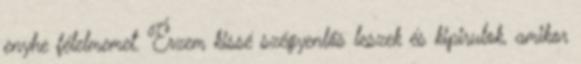
enyhe félelmemet. Érzem kissé szégyenlős leszek és kipirulok, amikor